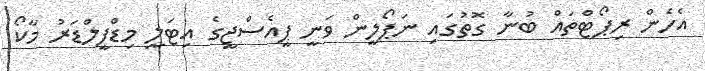
އެހެން ރިޕޯޓްތައް ބުނާ ގޮތުގައި ނަޕޯލީން ވަނީ ޕީއެސްޖީގެ އިޓަލީ މިޑްފީލްޑަރު މާކޯ